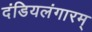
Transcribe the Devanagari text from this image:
दंडियलंगारम्